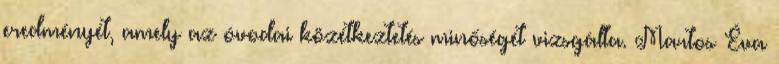
eredményét, amely az óvodai közétkeztetés minőségét vizsgálta. Martos Éva